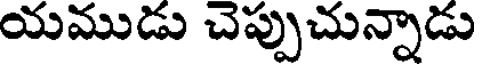
యముడు చెప్పుచున్నాడు